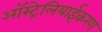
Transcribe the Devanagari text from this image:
ऑस्ट्रेलियाईकरण